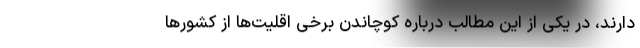
دارند، در یکی از این مطالب درباره کوچاندن برخی اقلیت‌ها از کشورها